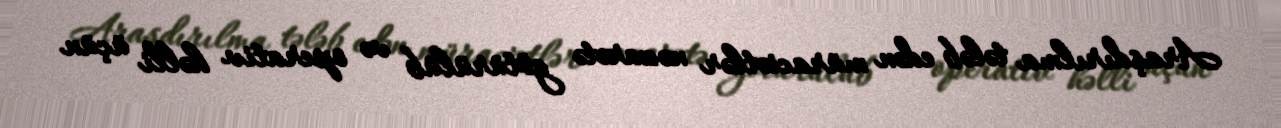
Araşdırılma tələb edən müraciətlər nəzarətə götürülüb və operativ həlli üçün